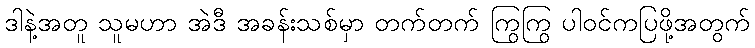
ဒါနဲ့အတူ သူမဟာ အဲဒီ အခန်းသစ်မှာ တက်တက် ကြွကြွ ပါဝင်ကပြဖို့အတွက်